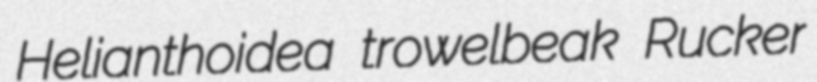
Helianthoidea trowelbeak Rucker